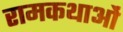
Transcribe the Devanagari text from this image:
रामकथाओं